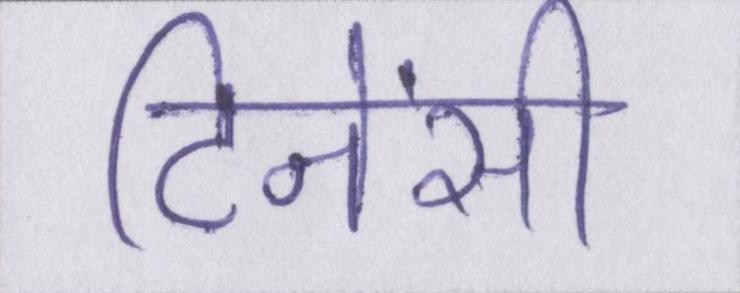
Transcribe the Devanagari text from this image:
टिनेंसी